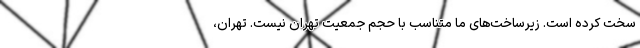
سخت کرده است. زیرساخت‌های ما متناسب با حجم جمعیت تهران نیست. تهران،